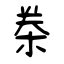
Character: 桊